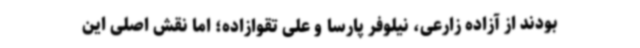
بودند از آزاده زارعی، نیلوفر پارسا و علی تقوازاده؛ اما نقش اصلی این